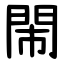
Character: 閙